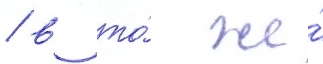
/ в то́ же́